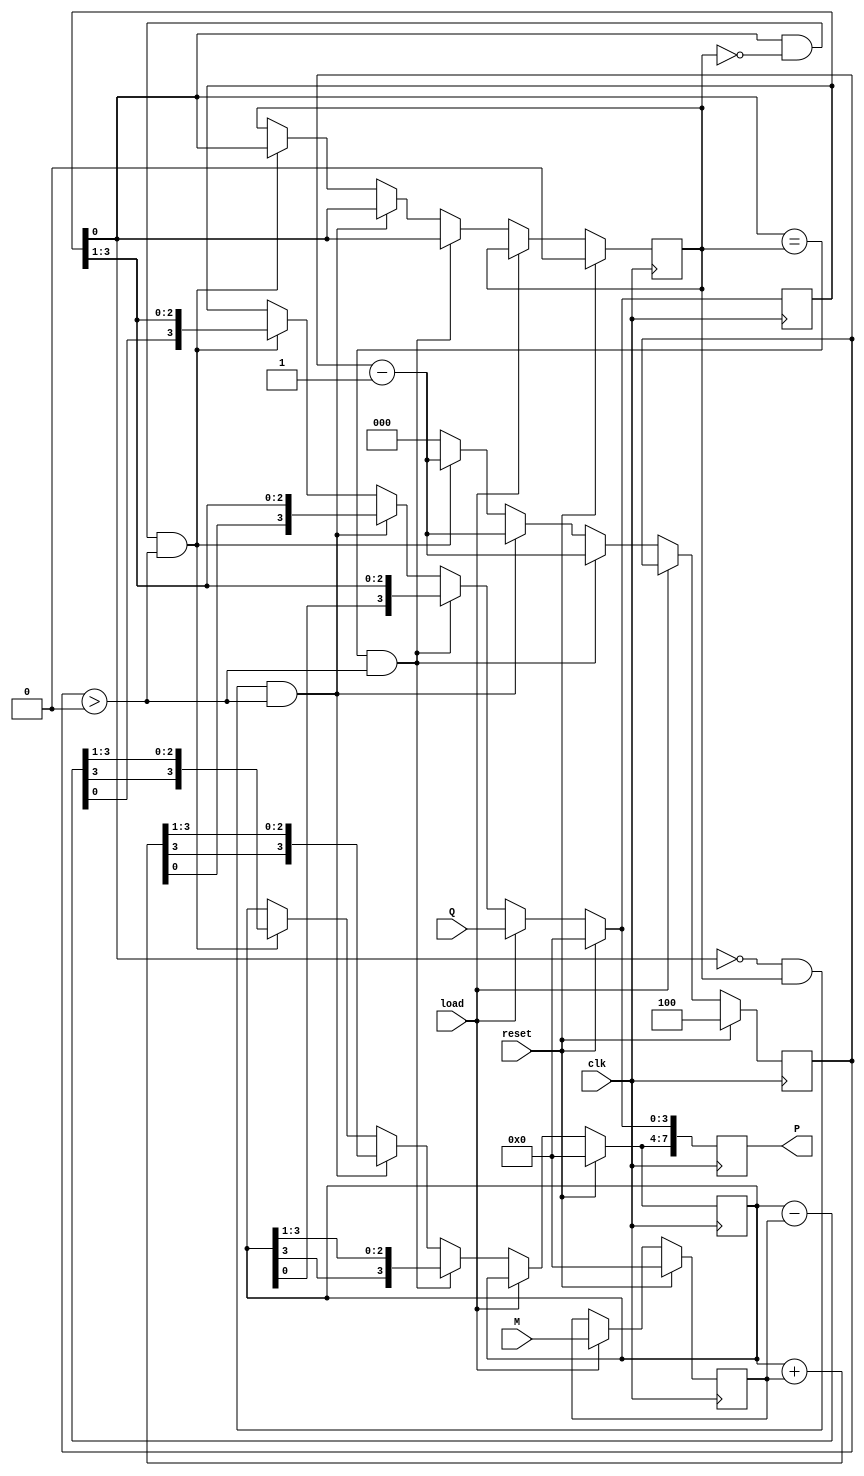
module iiitb_r2_4bit_bm(
	// control signals
	input clk,
	input load,
	input reset,

	//inputs
	input [3:0] M,
	input [3:0] Q,
	
	//outputs
	output reg [7:0] P

    );
	 
	 reg [3:0] A 		=  4'b0;
	 reg Q_minus_one 	=  0;
	 reg [3:0] Q_temp 	=  4'b0;
	 reg [3:0] M_temp 	=  4'b0;
	 reg [2:0] Count 	=  3'd4;
	 
	 
	 
	 always @ (posedge clk)
	 begin
		if (reset == 1)
		begin
			A 			 =  4'b0;		//reset values
			Q_minus_one  =  0;
			P 			 =  8'b0;
			Q_temp 		 =  4'b0;
			M_temp 		 =  4'b0;
			Count 		 =  3'd4;

		end

		else if (load == 1)
		begin
			Q_temp 		=  Q;
			M_temp 		=  M;
		end

		else if((Q_temp[0] == Q_minus_one ) && (Count > 3'd0))
		begin
			Q_minus_one =  Q_temp[0];
			Q_temp 		=  {A[0],Q_temp[3:1]};				// right shift Q							
			A 			=  {A[3],A[3:1]};					// right shift A	
		    Count 		=  Count - 1'b1;					
		end
		else if((Q_temp[0] == 0 && Q_minus_one == 1)  && (Count > 3'd0))
		begin
			A 			=  A + M_temp;
			Q_minus_one =  Q_temp[0];
			Q_temp 		=  {A[0],Q_temp[3:1]};				// right shift Q
			A 			=  {A[3],A[3:1]};					// right shift A
			Count 		=  Count - 1'b1;
		end
		else if((Q_temp[0] == 1 && Q_minus_one == 0)  && (Count > 3'd0))
		begin
			A 			=  A - M_temp;
			Q_minus_one =  Q_temp[0];
			Q_temp 		=  {A[0],Q_temp[3:1]};				// right shift Q
			A 			=  {A[3],A[3:1]};					// right shift A
			 Count 		=  Count - 1'b1;
		end
		else 
		begin
			Count = 3'b0;
		end
		P = {A, Q_temp};
		
	 end

endmodule